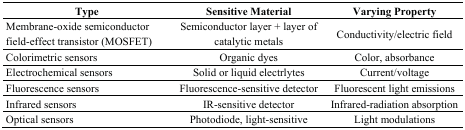
<table><thead><tr><td><b>Type</b></td><td><b>Sensitive Material</b></td><td><b>Varying Property</b></td></tr></thead><tbody><tr><td>Membrane-oxide semiconductor field-effect transistor (MOSFET)</td><td>Semiconductor layer + layer of catalytic metals</td><td>Conductivity/electric field</td></tr><tr><td>Colorimetric sensors</td><td>Organic dyes</td><td>Color, absorbance</td></tr><tr><td>Electrochemical sensors</td><td>Solid or liquid electrlytes</td><td>Current/voltage</td></tr><tr><td>Fluorescence sensors</td><td>Fluorescence-sensitive detector</td><td>Fluorescent light emissions</td></tr><tr><td>Infrared sensors</td><td>IR-sensitive detector</td><td>Infrared-radiation absorption</td></tr><tr><td>Optical sensors</td><td>Photodiode, light-sensitive</td><td>Light modulations</td></tr></tbody></table>